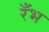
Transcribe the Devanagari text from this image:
रँभ